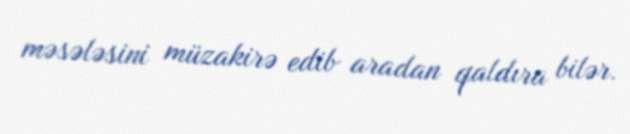
məsələsini müzakirə edib aradan qaldıra bilər.